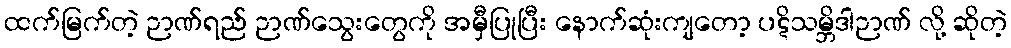
ထက်မြက်တဲ့ ဉာဏ်ရည် ဉာဏ်သွေးတွေကို အမှီပြုပြီး နောက်ဆုံးကျတော့ ပဋိသမ္ဘိဒါဉာဏ် လို့ ဆိုတဲ့